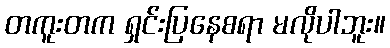
တကူးတက ရှင်းပြနေစရာ မလိုပါဘူး။